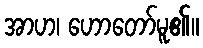
အာဟ၊ ဟောတော်မူ၏။